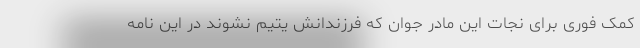
کمک فوری برای نجات این مادر جوان که فرزندانش یتیم نشوند در این نامه